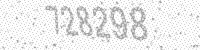
Solution: 728298